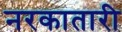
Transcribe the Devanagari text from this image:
नरकातारी